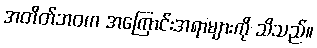
အတိတ်ဘဝက အကြောင်းအရာများကို သိသည်။